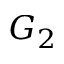
G _ { 2 }